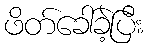
ဖိတ်ခေါ်ခဲ့ပြီး